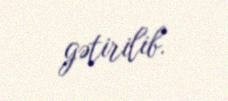
gətirilib.